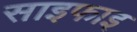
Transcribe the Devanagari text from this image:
साइफाइ